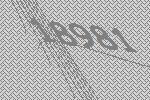
18981